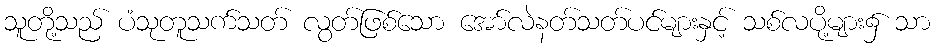
သူတို့သည် ပံသုတူသက်သတ် လွတ်ဖြစ်သော အော်လဲနတ်သတ်ပင်များနှင့် သစ်လပို့များ၌ သာ